Annual report of the Punjab Veterinary College and of the Civil Veterinary Department, Punjab - 1894-1908
Year: 1894
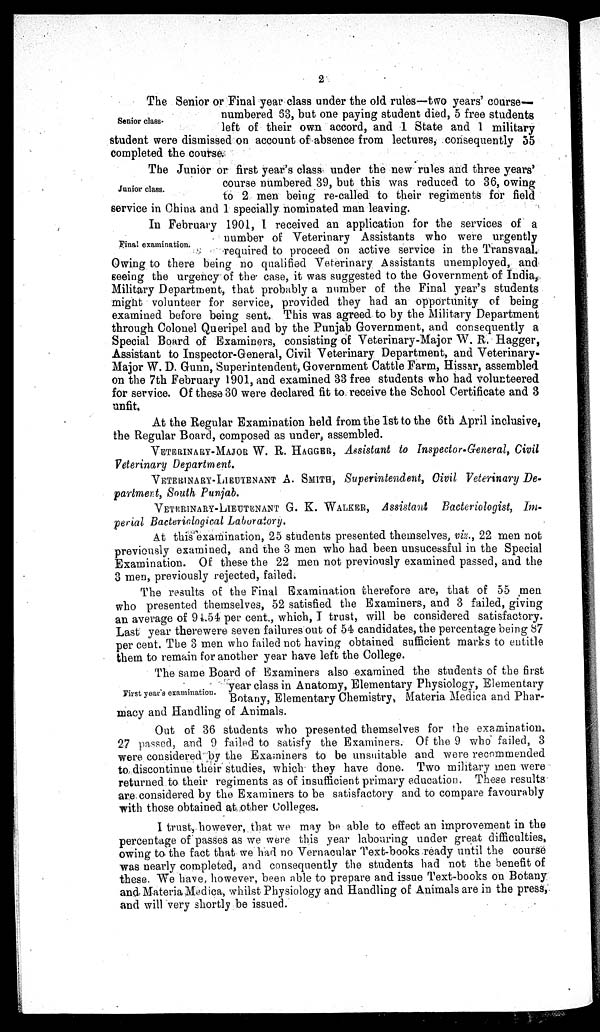
2
Senior class-
The Senior or Final year class under the old rules—two years' course-
numbered 63, but one paying student died, 5 free students
left of their own accord, and 1 State and 1 military
student were dismissed on account of absence from lectures, consequently 55
completed the course.
Junior class.
The Junior or first year's class under the new rules and three years'
course numbered 39, but this was reduced to 36, owing
to 2 men being re-called to their regiments for field
service in China and 1 specially nominated man leaving.
Final examination.
In February 1901, I received an application for the services of a
number of Veterinary Assistants who were urgently
required to proceed on active service in the Transvaal.
Owing to there being no qualified Veterinary Assistants unemployed, and
seeing the urgency of the case, it was suggested to the Government of India,
Military Department, that probably a number of the Final year's students
might volunteer for service, provided they had an opportunity of being
examined before being sent. This was agreed to by the Military Department
through Colonel Queripel and by the Punjab Government, and consequently a
Special Board of Examiners, consisting of Veterinary-Major W. R. Hagger,
Assistant to Inspector-General, Civil Veterinary Department, and Veterinary-
Major W. D. Gunn, Superintendent, Government Cattle Farm, Hissar, assembled
on the 7th February 1901, and examined 33 free students who had volunteered
for service. Of these 30 were declared fit to receive the School Certificate and 3
unfit.
At the Regular Examination held from the 1st to the 6th April inclusive,
the Regular Board, composed as under, assembled.
VETERINARY-MAJOR W. R. HAGGER, Assistant to Inspector-General, Civil
Veterinary Department.
VETERINARY-LIEUTENANT A. SMITH, Superintendent, Oivil Veterinary De-
partment, South Punjab.
VETERINARY-LIEUTENANT G. K. WALKER, Assistant Bacteriologist, Im-
perial Bacteriological Laboratory.
At this examination, 25 students presented themselves, viz., 22 men not
previously examined, and the 3 men who had been unsucessful in the Special
Examination. Of these the 22 men not previously examined passed, and the
3 men, previously rejected, failed.
The results of the Final Examination therefore are, that of 55 men
who presented themselves, 52 satisfied the Examiners, and 3 failed, giving
an average of 94.54 per cent., which, I trust, will be considered satisfactory.
Last year therewere seven failures out of 54 candidates, the percentage being 87
per cent. The 3 men who failed not having obtained sufficient marks to entitle
them to remain for another year have left the College.
First year's examination.
The same Board of Examiners also examined the students of the first
year class in Anatomy, Elementary Physiology, Elementary
Botany, Elementary Chemistry, Materia Medica and Phar-
macy and Handling of Animals.
Out of 36 students who presented themselves for the examination.
27 passed, and 9 failed to satisfy the Examiners. Of the 9 who failed, 3
were considered by the Examiners to be unsuitable and were recommended
to discontinue their studies, which they have done. Two military men were
returned to their regiments as of insufficient primary education. These results
are considered by the Examiners to be satisfactory and to compare favourably
with those obtained at other Colleges.
I trust, however, that we may be able to effect an improvement in the
percentage of passes as we were this year labouring under great difficulties,
owing to the fact that we had no Vernacular Text-books ready until the course
was nearly completed, and consequently the students had not the benefit of
these. We have, however, been able to prepare and issue Text-books on Botany
and Materia Medica, whilst Physiology and Handling of Animals are in the press,
and will very shortly be issued.